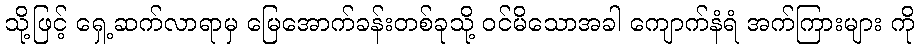
သို့ဖြင့် ရှေ့ဆက်လာရာမှ မြေအောက်ခန်းတစ်ခုသို့ ဝင်မိသောအခါ ကျောက်နံရံ အက်ကြားများ ကို